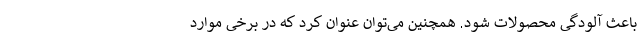
باعث آلودگی محصولات شود. همچنین می‌توان عنوان کرد که در برخی موارد